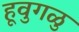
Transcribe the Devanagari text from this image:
हूवुगळु